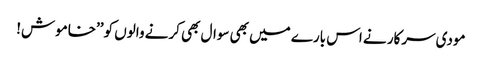
مودی سرکار نے اس بارے میں بھی سوال بھی کرنے والوں کو ’’خاموش!